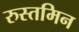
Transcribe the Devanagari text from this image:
रुस्तमिन